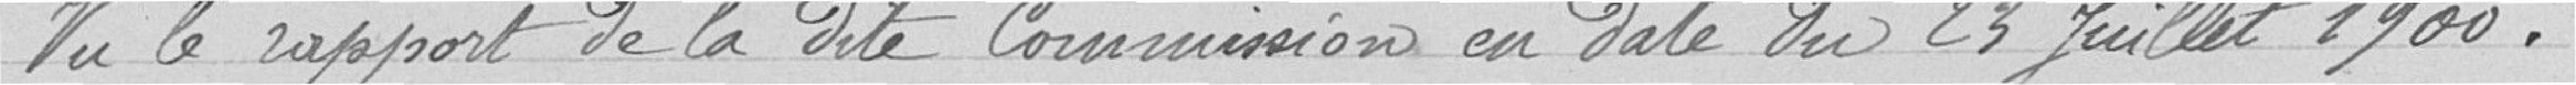
Vu le rapport de la dite commission en date du 23 juillet 1900.